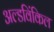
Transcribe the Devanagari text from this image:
अल्डविंकिल